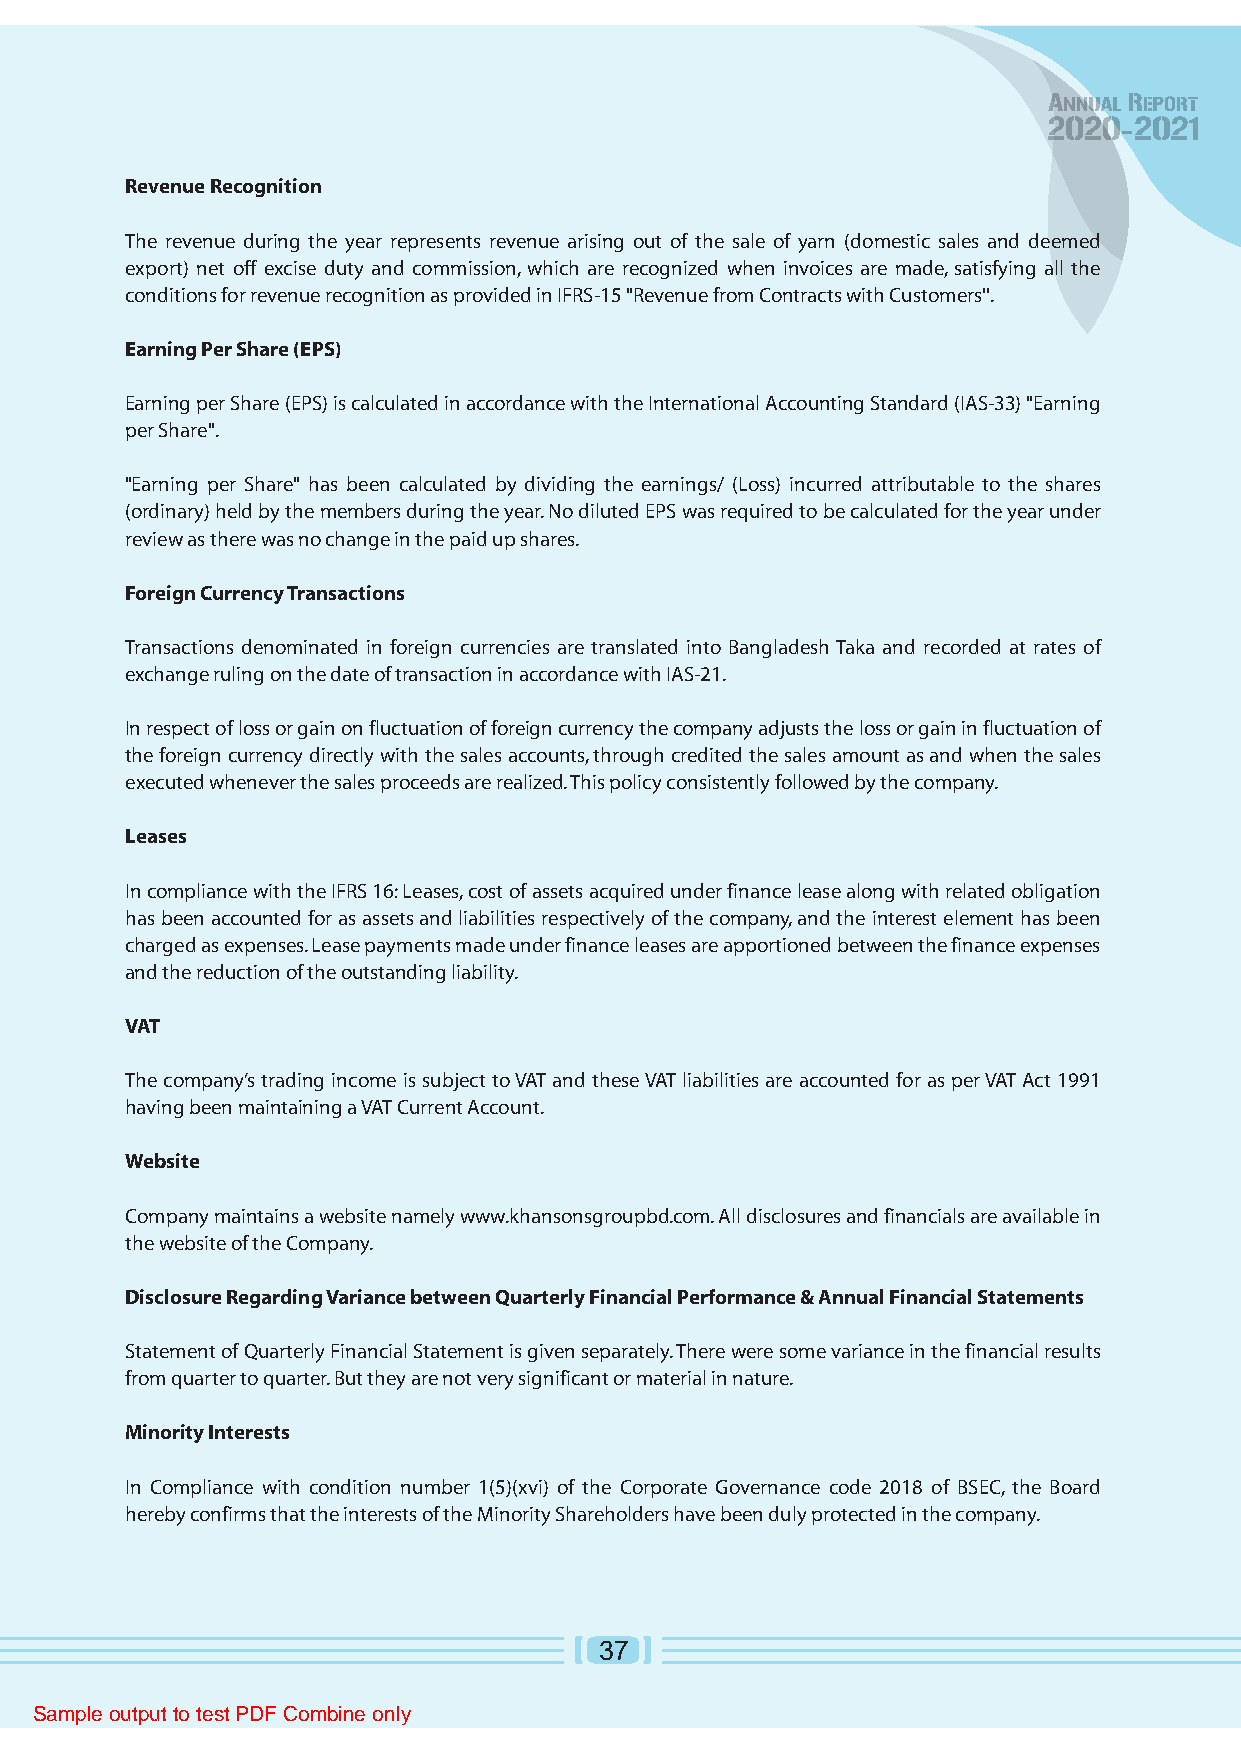
Revenue Recognition
 The revenue during the year represents revenue arising out of the sale of yarn (domestic sales and deemed
 export) net off excise duty and commission, which are recognized when invoices are made, satisfying all the
 conditions for revenue recognition as provided in IFRS-15 "Revenue from Contracts with Customers''.
 Earning Per Share (EPS)
 Earning per Share (EPS) is calculated in accordance with the International Accounting Standard (IAS-33) "Earning
 per Share".
 "Earning per Share" has been calculated by dividing the earnings/ (Loss) incurred attributable to the shares
 (ordinary) held by the members during the year. No diluted EPS was required to be calculated for the year under
 review as there was no change in the paid up shares.
 Foreign Currency Transactions
 Transactions denominated in foreign currencies are translated into Bangladesh Taka and recorded at rates of
 exchange ruling on the date of transaction in accordance with IAS-21.
 In respect of loss or gain on fluctuation of foreign currency the company adjusts the loss or gain in fluctuation of
 the foreign currency directly with the sales accounts, through credited the sales amount as and when the sales
 executed whenever the sales proceeds are realized. This policy consistently followed by the company.
 Leases
 In compliance with the IFRS 16: Leases, cost of assets acquired under finance lease along with related obligation
 has been accounted for as assets and liabilities respectively of the company, and the interest element has been
 charged as expenses. Lease payments made under finance leases are apportioned between the finance expenses
 and the reduction of the outstanding liability.
 VAT
 The company’s trading income is subject to VAT and these VAT liabilities are accounted for as per VAT Act 1991
 having been maintaining a VAT Current Account.
 Website
 Company maintains a website namely www.khansonsgroupbd.com. All disclosures and financials are available in
 the website of the Company.
 Disclosure Regarding Variance between Quarterly Financial Performance & Annual Financial Statements
 Statement of Quarterly Financial Statement is given separately. There were some variance in the financial results
 from quarter to quarter. But they are not very significant or material in nature.
 Minority Interests
 In Compliance with condition number 1(5)(xvi) of the Corporate Governance code 2018 of BSEC, the Board
 hereby confirms that the interests of the Minority Shareholders have been duly protected in the company.
 37
 Sample output to test PDF Combine only